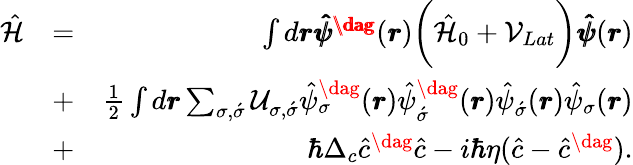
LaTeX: \begin{array}{rlr}{\hat{\mathcal{H}}}&{=}&{\int d\pmb{r}\pmb{\hat{\psi}^{\dag}}(\pmb{r})\bigg(\hat{\mathcal{H}}_{0}+\mathcal{V}_{Lat}\bigg)\pmb{\hat{\psi}}(\pmb{r})}\\ &{+}&{\frac{1}{2}\int d\pmb{r}\sum_{\sigma,\acute{\sigma}}\mathcal{U}_{\sigma,\acute{\sigma}}\hat{\psi}_{\sigma}^{\dag}(\pmb{r})\hat{\psi}_{\acute{\sigma}}^{\dag}(\pmb{r})\hat{\psi}_{\acute{\sigma}}(\pmb{r})\hat{\psi}_{\sigma}(\pmb{r})}\\ &{+}&{\hbar\Delta_{c}\hat{c}^{\dag}\hat{c}-i\hbar\eta(\hat{c}-\hat{c}^{\dag}).}\end{array}